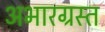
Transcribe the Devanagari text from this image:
अभारग्रस्त